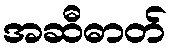
အဆီဓာတ်